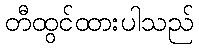
တီထွင်ထားပါသည်